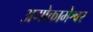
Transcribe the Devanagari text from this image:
अगोकामेश्वर